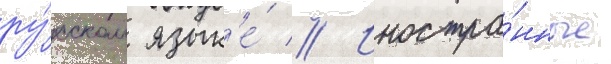
ру́сском язык'е́ // Иностра́нные